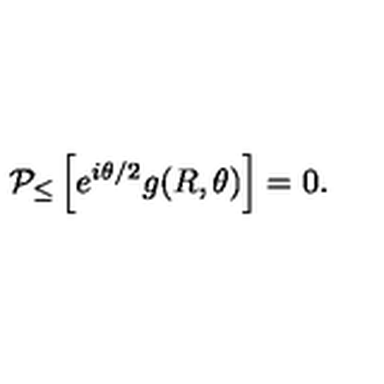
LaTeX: { \cal P } _ { \leq } \left[ e ^ { i \theta / 2 } g ( R , \theta ) \right] = 0 .